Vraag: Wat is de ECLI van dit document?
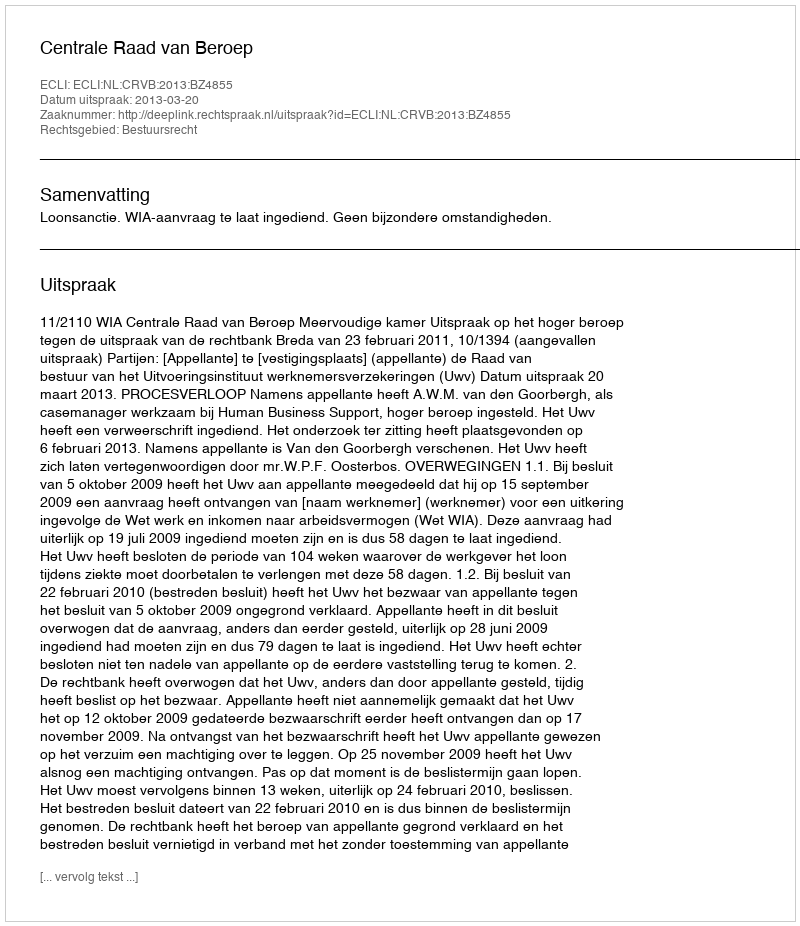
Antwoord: ECLI:NL:CRVB:2013:BZ4855